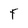
Character: F